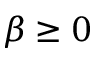
\beta \geq 0